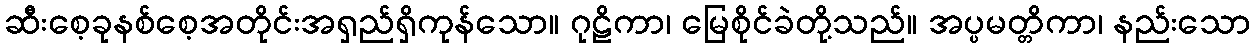
ဆီးစေ့ခုနစ်စေ့အတိုင်းအရှည်ရှိကုန်သော။ ဂုဠိကာ၊ မြေစိုင်ခဲတို့သည်။ အပ္ပမတ္တိကာ၊ နည်းသော